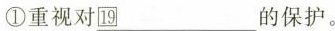
①重视对\underline{19} 的保护。